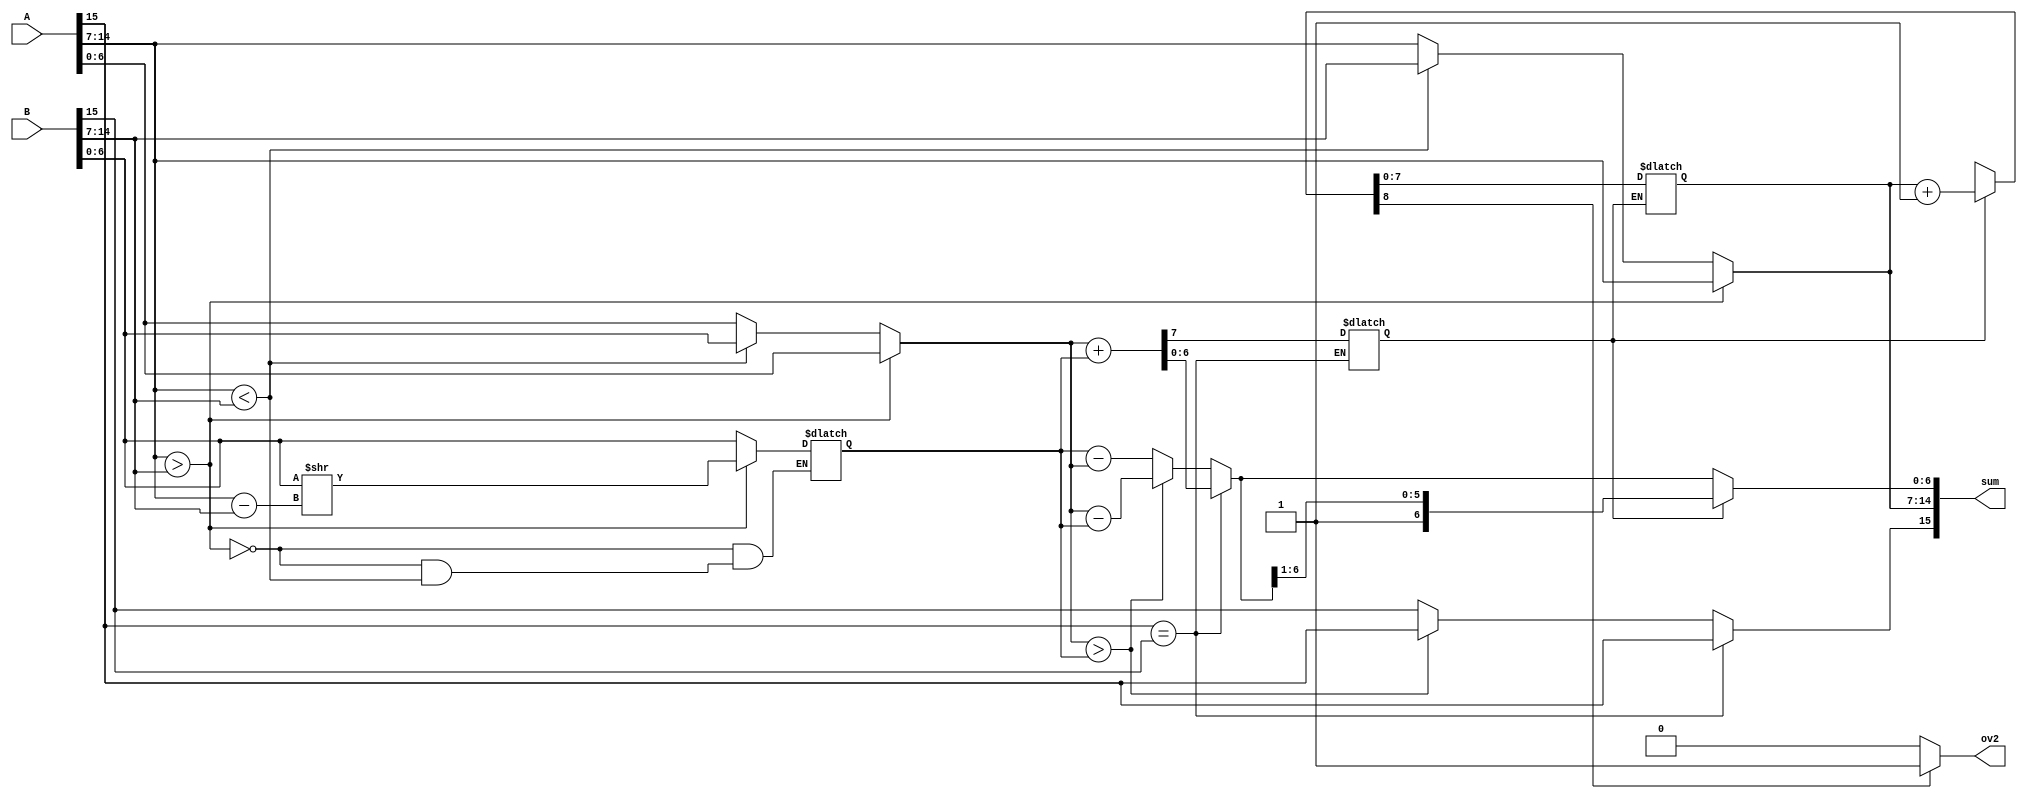
`timescale 1ns / 1ps
//////////////////////////////////////////////////////////////////////////////////
// Company: 
// Engineer: 
// 
// Design Name: 
// Module Name: bfloat16_Adder
// Project Name: 
// Target Devices: 
// Tool Versions: 
// Description: 
// 
// Dependencies: 
// 
// Revision:
// Revision 0.01 - File Created
// Additional Comments:
// 
//////////////////////////////////////////////////////////////////////////////////


module bfloat16_Adder(
input [15:0] A,B,
output reg [15:0]sum,
output reg ov2
    );
    
    reg [6:0]s1,s2,s;
    reg [7:0]e;
    reg cy,ce,sign;
    
    // s1 and s2
    always@(*)
    begin
        if(A[14:7]>B[14:7])
            begin
            s2=(B[6:0]>>(A[14:7]-B[14:7]));
            s1=A[6:0];
            e=A[14:7];
            end
        else if(A[14:7]<B[14:7])
            begin
            s1=(A[6:0]>>(B[14:7]-A[14:7]));
            s1=B[6:0];
            e=B[14:7];
            end
        else
            begin
            s1=A[6:0];
            s2=B[6:0];
            e=A[14:7];
            end
    end
    
    // Addition of significands block
    always@(*)
    begin
        if(A[15]==B[15])
            begin
            {cy,s}=s1+s2;
            sign=A[15];
            end
            
        else
            begin
            if(s1>s2)
            begin
            s=s1-s2;
            sign=A[15];
            end
            else
            begin
            s=s2-s1;
            sign=B[15];
            end
            end
    end
    
    // Exponent block
    always@(*)
    begin
    if(cy==1)
       {ce,e}=e+1;
    else
        {ce,e}=e;
    end
    
    // Overflow case
    always@(*)
    begin
    if(ce==1)
        ov2=1;
    else
        ov2=0;
    end
    
   // Final answer
   always@(*)
   begin
   if(cy==1)
   sum={sign,e,1'b1,s[6:1]};
   else
   sum={sign,e,s};
   end
    
endmodule